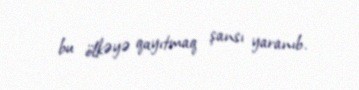
bu ölkəyə qayıtmaq şansı yaranıb.